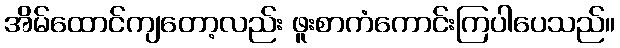
အိမ်ထောင်ကျတော့လည်း ဖူးစာကံကောင်းကြပါပေသည်။